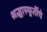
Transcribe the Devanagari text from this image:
श्रद्धास्फूर्तीचे